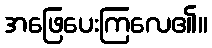
အဖြေပေးကြလေ၏။